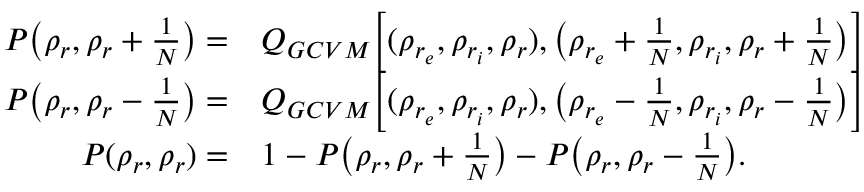
\begin{array} { r l } { P \big ( \rho _ { r } , \rho _ { r } + \frac { 1 } { N } \big ) = } & { { } Q _ { G C V M } \Big [ ( \rho _ { r _ { e } } , \rho _ { r _ { i } } , \rho _ { r } ) , \big ( \rho _ { r _ { e } } + \frac { 1 } { N } , \rho _ { r _ { i } } , \rho _ { r } + \frac { 1 } { N } \big ) \Big ] } \\ { P \big ( \rho _ { r } , \rho _ { r } - \frac { 1 } { N } \big ) = } & { { } Q _ { G C V M } \Big [ ( \rho _ { r _ { e } } , \rho _ { r _ { i } } , \rho _ { r } ) , \big ( \rho _ { r _ { e } } - \frac { 1 } { N } , \rho _ { r _ { i } } , \rho _ { r } - \frac { 1 } { N } \big ) \Big ] } \\ { P ( \rho _ { r } , \rho _ { r } ) = } & { { } 1 - P \big ( \rho _ { r } , \rho _ { r } + \frac { 1 } { N } \big ) - P \big ( \rho _ { r } , \rho _ { r } - \frac { 1 } { N } \big ) . } \end{array}